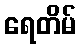
ရေတိမ်